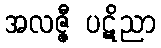
အလဇ္ဇီ ပဋိညာ